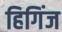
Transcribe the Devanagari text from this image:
हिगिंज